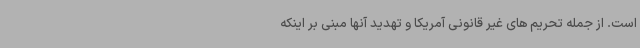
است. از جمله تحریم های غیر قانونی آمریکا و تهدید آنها مبنی بر اینکه